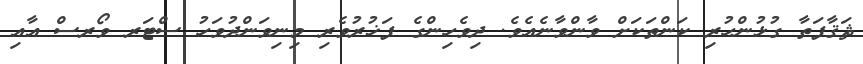
ޘަޤާފަތާ ގުޅުންހުރި ކަންތަކަށް ވާންވާނެއެވެ. ދިވެހިންގެ ފަޚުރުވެރި މިނިވަންދުވަހު ސްޓަރ ވޯރސް އާއި